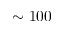
\sim 1 0 0